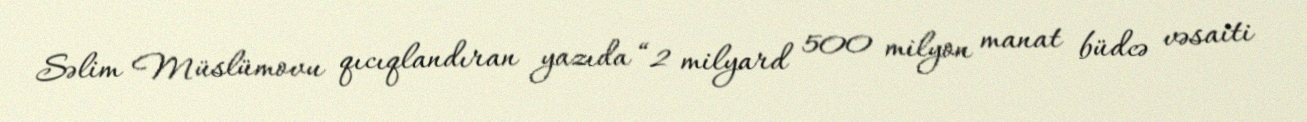
Səlim Müslümovu qıcıqlandıran yazıda “2 milyard 500 milyon manat büdcə vəsaiti